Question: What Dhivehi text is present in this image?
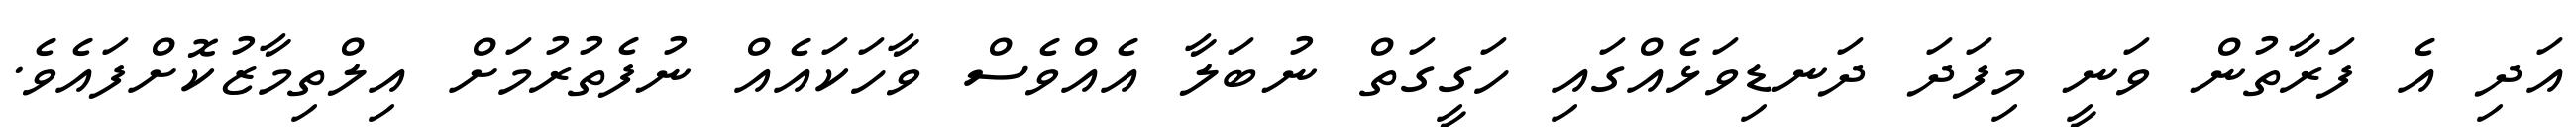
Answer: އަދި އެ ފަރާތުން ވަނީ މިފަދަ ދަނޑިވަޅެއްގައި ހަގީގަތް ނުބަލާ އެއްވެސް ވާހަކައެއް ނުފެތުރުމަށް އިލްތިމާޒުކޮށްފައެވެ.